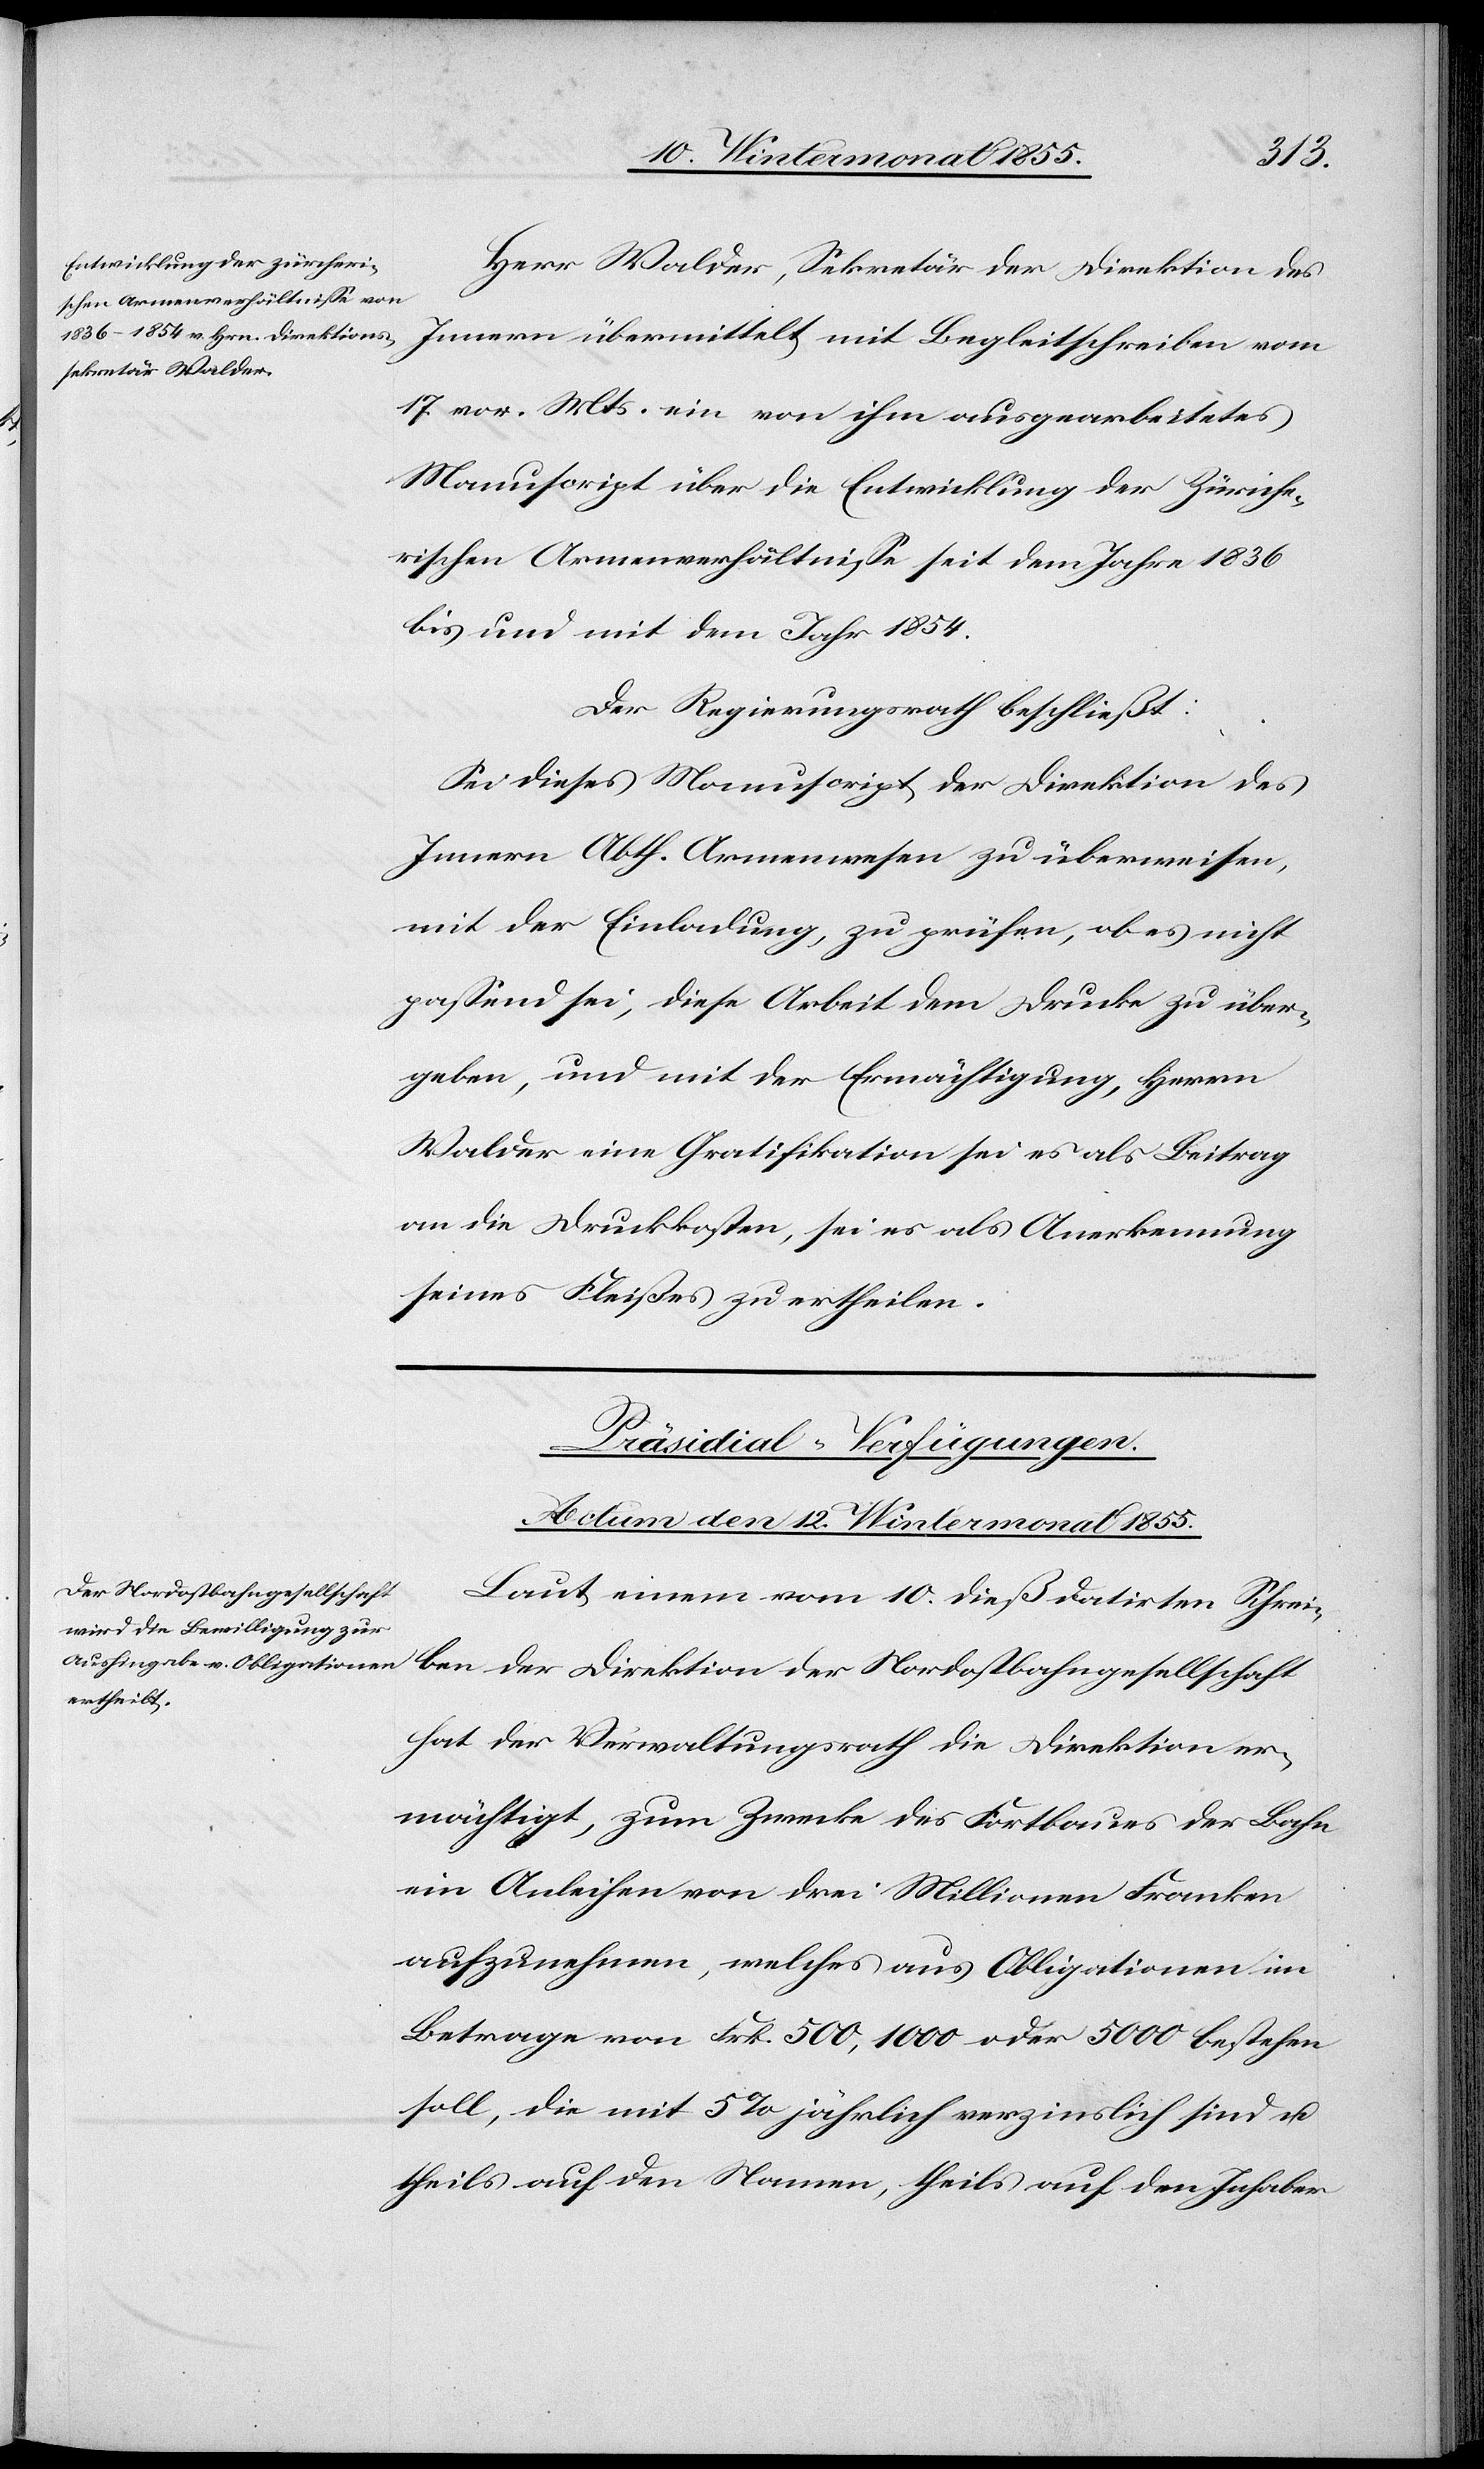
Herr Walder, Sekretär der Direktion des
Innern übermittelt mit Begleitschreiben vom
17. vor. Mts. ein von ihm ausgearbeitetes
Manuscript über die Entwicklung der Züriche¬
rischen Armenverhältnisse seit dem Jahre 1836
bis und mit dem Jahr 1854.
Der Regierungsrath beschließt:
Sei dieses Manuscript der Direktion des
Innern Abth. Armenwesen zu überweisen,
mit der Einladung, zu prüfen, ob es nicht
passend sei, diese Arbeit dem Drucke zu über¬
geben, und mit der Ermächtigung, Herrn
Walder eine Gratifikation sei es als Beitrag
an die Druckkosten, sei es als Anerkennung
seines Fleißes zu ertheilen.
Präsidial-Verfügungen.
Actum den 12. Wintermonat 1855.
Laut einem vom 10. dieß datirten Schrei¬
ben der Direktion der Nordostbahngesellschaft
hat der Verwaltungsrath die Direktion er¬
mächtigt, zum Zwecke des Fortbaues der Bahn
ein Anleihen von drei Millionen Franken
aufzunehmen, welches aus Obligationen im
Betrage von Frk. 500, 1000 oder 5000 bestehen
soll, die mit 5% jährlich verzinslich sind u.
theils auf den Namen, theils auf den Inhaber